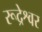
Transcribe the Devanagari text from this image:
रूद्रेश्वर